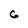
Character: G